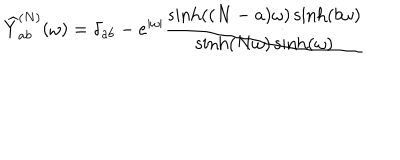
\widehat { Y } _ { a b } ^ { ( N ) } ( \omega ) = \delta _ { a b } - e ^ { | \omega | } \frac { \sinh ( ( N - a ) \omega ) \sinh ( b \omega ) } { \sinh ( N \omega ) \sinh ( \omega ) }